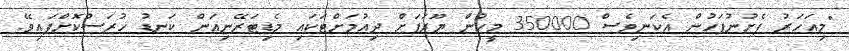
"މިއަހަރު ފެށުނުފަހުން އެކަނިވެސް 350000 މީހުން ޔޫރަޕަށް ދިއުމަށްޓަކައި މެޑިޓަރޭނިއަން ކަނޑު ހުރަސްކޮށްފައިވޭ.